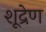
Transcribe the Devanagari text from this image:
शूद्रेण